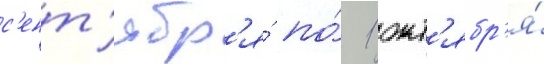
с'ент'ябр'я́ по́ 1 окт'ябр'я́